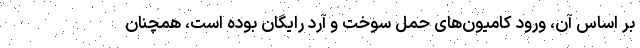
بر اساس آن، ورود کامیون‌های حمل سوخت و آرد رایگان بوده است، همچنان